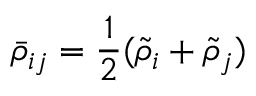
\bar { \rho } _ { i j } = \frac { 1 } { 2 } ( \widetilde { \rho } _ { i } + \widetilde { \rho } _ { j } )